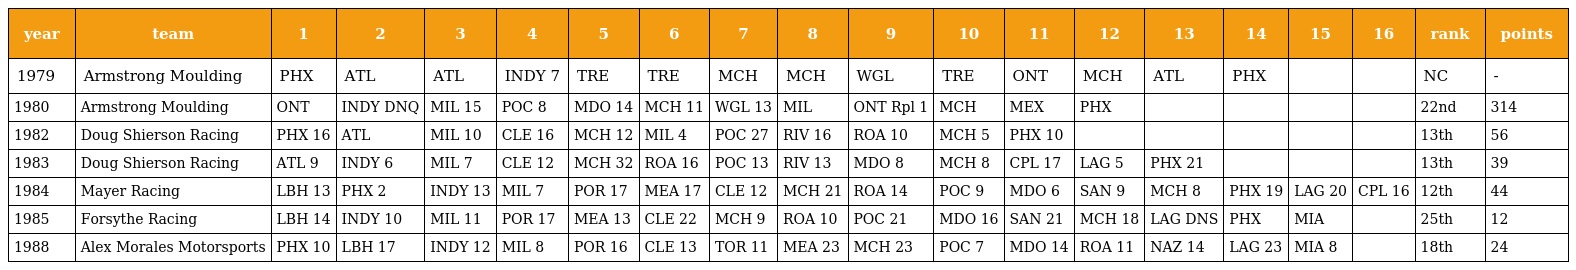
| year | team | 1 | 2 | 3 | 4 | 5 | 6 | 7 | 8 | 9 | 10 | 11 | 12 | 13 | 14 | 15 | 16 | rank | points |
 | --- | --- | --- | --- | --- | --- | --- | --- | --- | --- | --- | --- | --- | --- | --- | --- | --- | --- | --- | --- |
 | 1979 | Armstrong Moulding | PHX | ATL | ATL | INDY 7 | TRE | TRE | MCH | MCH | WGL | TRE | ONT | MCH | ATL | PHX |  |  | NC | - |
 | 1980 | Armstrong Moulding | ONT | INDY DNQ | MIL 15 | POC 8 | MDO 14 | MCH 11 | WGL 13 | MIL | ONT Rpl 1 | MCH | MEX | PHX |  |  |  |  | 22nd | 314 |
 | 1982 | Doug Shierson Racing | PHX 16 | ATL | MIL 10 | CLE 16 | MCH 12 | MIL 4 | POC 27 | RIV 16 | ROA 10 | MCH 5 | PHX 10 |  |  |  |  |  | 13th | 56 |
 | 1983 | Doug Shierson Racing | ATL 9 | INDY 6 | MIL 7 | CLE 12 | MCH 32 | ROA 16 | POC 13 | RIV 13 | MDO 8 | MCH 8 | CPL 17 | LAG 5 | PHX 21 |  |  |  | 13th | 39 |
 | 1984 | Mayer Racing | LBH 13 | PHX 2 | INDY 13 | MIL 7 | POR 17 | MEA 17 | CLE 12 | MCH 21 | ROA 14 | POC 9 | MDO 6 | SAN 9 | MCH 8 | PHX 19 | LAG 20 | CPL 16 | 12th | 44 |
 | 1985 | Forsythe Racing | LBH 14 | INDY 10 | MIL 11 | POR 17 | MEA 13 | CLE 22 | MCH 9 | ROA 10 | POC 21 | MDO 16 | SAN 21 | MCH 18 | LAG DNS | PHX | MIA |  | 25th | 12 |
 | 1988 | Alex Morales Motorsports | PHX 10 | LBH 17 | INDY 12 | MIL 8 | POR 16 | CLE 13 | TOR 11 | MEA 23 | MCH 23 | POC 7 | MDO 14 | ROA 11 | NAZ 14 | LAG 23 | MIA 8 |  | 18th | 24 |